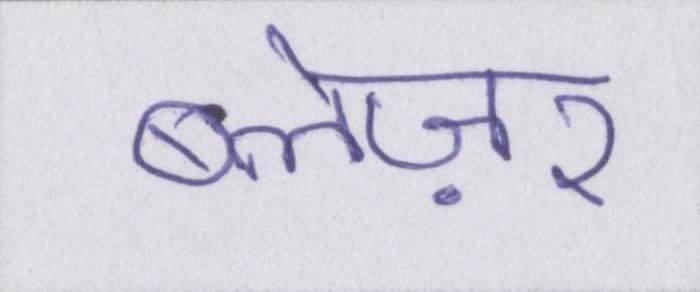
ब्लेज़र